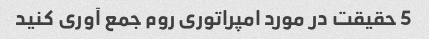
5 حقیقت در مورد امپراتوری روم جمع آوری کنید